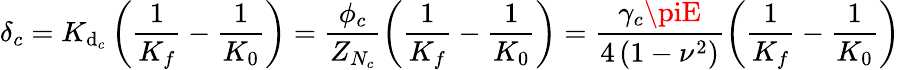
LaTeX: \delta_{c}=K_{\mathrm{d}_{c}}\left(\frac{{1}}{{K_{f}}}-\frac{{1}}{{K_{0}}}\right)=\frac{{\phi_{c}}}{{Z_{N_{c}}}}\left(\frac{{1}}{{K_{f}}}-\frac{{1}}{{K_{0}}}\right)=\frac{{\gamma_{c}\piE}}{{4\left(1-\nu^{2}\right)}}\left(\frac{{1}}{{K_{f}}}-\frac{{1}}{{K_{0}}}\right)